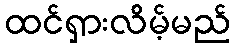
ထင်ရှားလိမ့်မည်